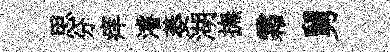
思分痒濬萎湖撫霜舅